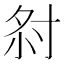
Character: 𡭫